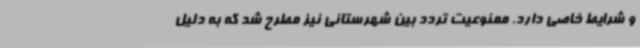
و شرایط خاصی دارد. ممنوعیت تردد بین شهرستانی نیز مطرح شد که به دلیل